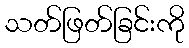
သတ်ဖြတ်ခြင်းကို